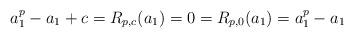
LaTeX: \begin{align*} a_1^p-a_1+c=R_{p,c}(a_1) = 0 = R_{p,0}(a_1)=a_1^p-a_1\end{align*}